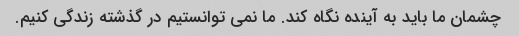
چشمان ما باید به آینده نگاه کند. ما نمی توانستیم در گذشته زندگی کنیم.